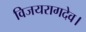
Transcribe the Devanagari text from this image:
विजयरागदेव।